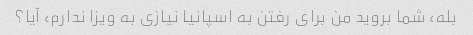
بله، شما بروید من برای رفتن به اسپانیا نیازی به ویزا ندارم، آیا؟